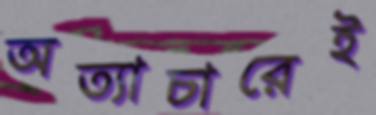
অত্যাচারেই